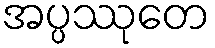
အပ္ပဿုတေ